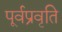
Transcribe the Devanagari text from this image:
पूर्वप्रवृति